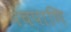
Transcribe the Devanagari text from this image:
पंचपाणि